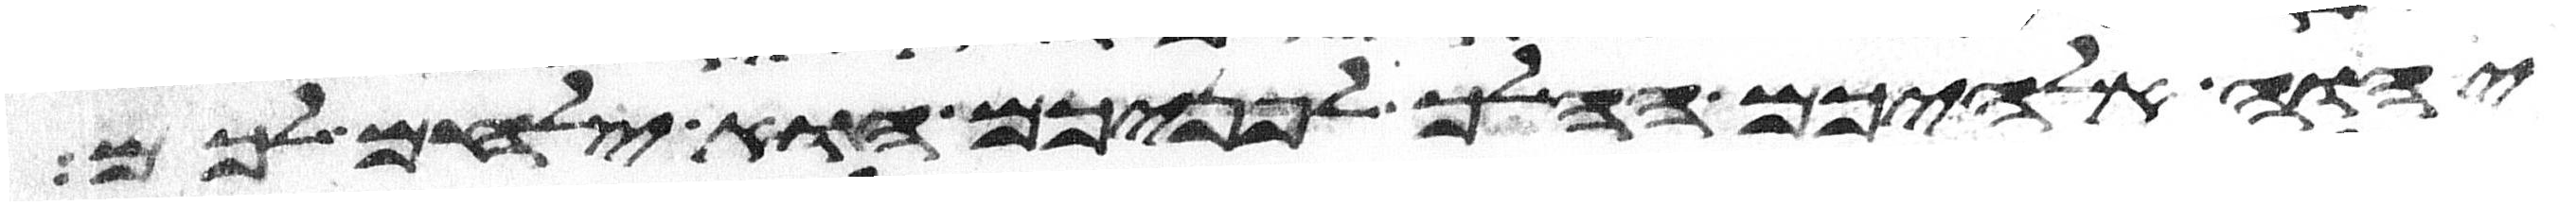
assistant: יהוה אלהיכם ההלך לפניכם הוא ילחם לכם